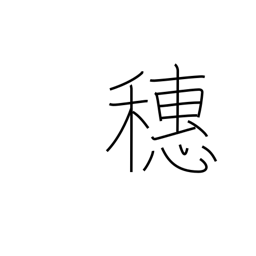
Meaning: crest (of wave)